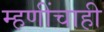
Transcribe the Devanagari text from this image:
म्हणींचाही